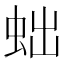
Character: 䖦